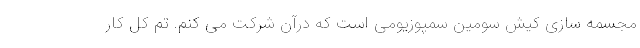
مجسمه سازی کیش سومین سمپوزیومی است که درآن شرکت می کنم. تم کل کار